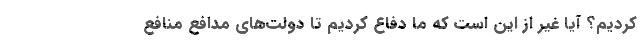
کردیم؟‌ آیا غیر از این است که ما دفاع کردیم تا دولت‌های مدافع منافع